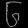
Digit: ၆